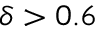
\delta > 0 . 6